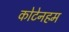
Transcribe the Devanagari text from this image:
कोटेनहम